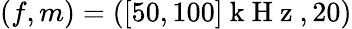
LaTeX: (f,m)=([50,100]\mathrm{~k~H~z~},20)